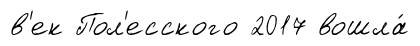
в'ек Пол'есского 2017 вошла́